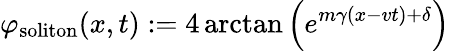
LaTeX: \varphi_{\mathrm{soliton}}(x,t):=4\arctan\left(e^{m\gamma(x-vt)+\delta}\right)